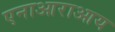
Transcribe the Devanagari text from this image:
एनाआराआय